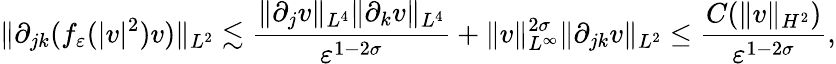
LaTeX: \| \partial_{jk}(f_{\varepsilon}(|v|^{2})v)\| _{L^{2}}\lesssim\frac{\| \partial_{j}v\| _{L^{4}}\| \partial_{k}v\| _{L^{4}}}{\varepsilon^{1-2\sigma}}+\| v\| _{L^{\infty}}^{2\sigma}\| \partial_{jk}v\| _{L^{2}}\leq\frac{C(\| v\| _{H^{2}})}{\varepsilon^{1-2\sigma}},